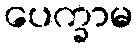
ပေက္ခာမ